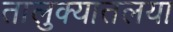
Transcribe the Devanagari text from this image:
तालुक्यातलया